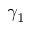
\gamma _ { 1 }